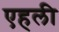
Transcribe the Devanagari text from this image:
एहली